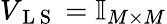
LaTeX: V_{\mathrm{~L~S~}}=\mathbb{I}_{M\times M}